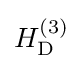
{\textstyle H_{\rm {D}}^{(3)}}